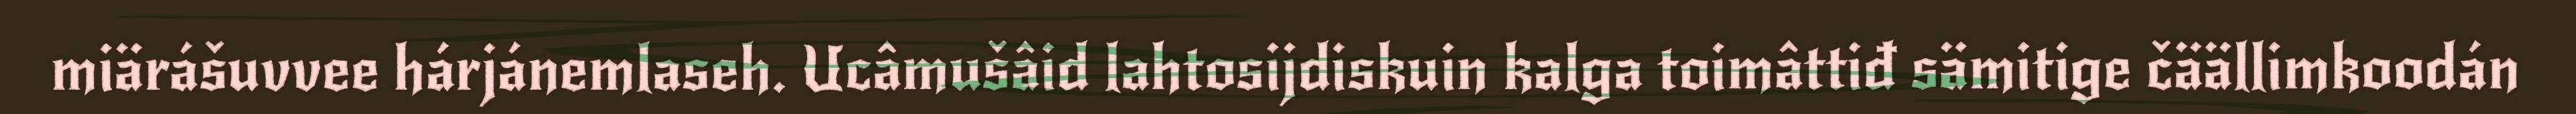
miärášuvvee hárjánemlaseh. Ucâmušâid lahtosijdiskuin kalga toimâttiđ sämitige čäällimkoodán